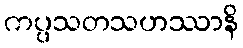
ကပ္ပသတသဟဿာနိ